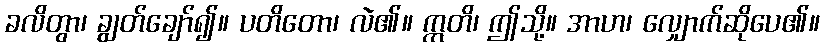
ခလိတွာ၊ ချွတ်ချော်၍။ ပတိတော၊ လဲ၏။ ဣတိ၊ ဤသို့။ အာဟ၊ လျှောက်ဆိုပေ၏။